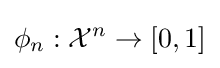
\phi _{n}:{\mathcal {X}}^{n}\rightarrow [0,1]